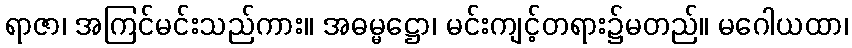
ရာဇာ၊ အကြင်မင်းသည်ကား။ အဓမ္မဋ္ဌော၊ မင်းကျင့်တရား၌မတည်။ မဂေါယထာ၊